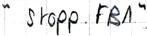
Text: " Stopp.FB1"